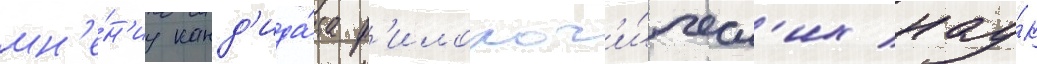
мн'е́н'иу канд'ида́та ф'илолог'и́ческ'их нау́к